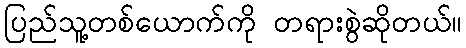
ပြည်သူ့တစ်ယောက်ကို တရားစွဲဆိုတယ်။